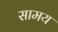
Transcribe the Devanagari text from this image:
सामय